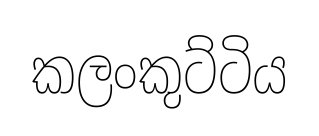
කලංකුට්ටිය